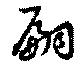
嗣